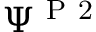
\Psi ^ { \mathrm { ~ P ~ 2 ~ } }